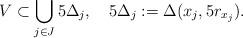
LaTeX: \begin{align*}V \subset \bigcup_{j\in J} 5 \Delta_{j}, \quad 5\Delta_{j} := \Delta(x_j,5r_{x_j}).\end{align*}